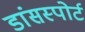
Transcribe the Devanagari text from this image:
डांसस्पोर्ट